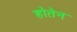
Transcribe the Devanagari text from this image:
होतेन